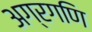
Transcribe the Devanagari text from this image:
अग्रगणि